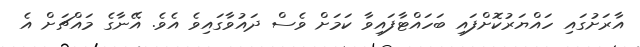
އާރަށުގައި ހައްޔަރުކޮށްފައި ބަހައްޓާފައިވާ ކަމަށް ވެސް ދައުވާގައިވެ އެވެ. އޭނާގެ މައްޗަށް އެ